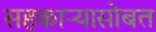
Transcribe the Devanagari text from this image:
सहकाऱ्यासोबत